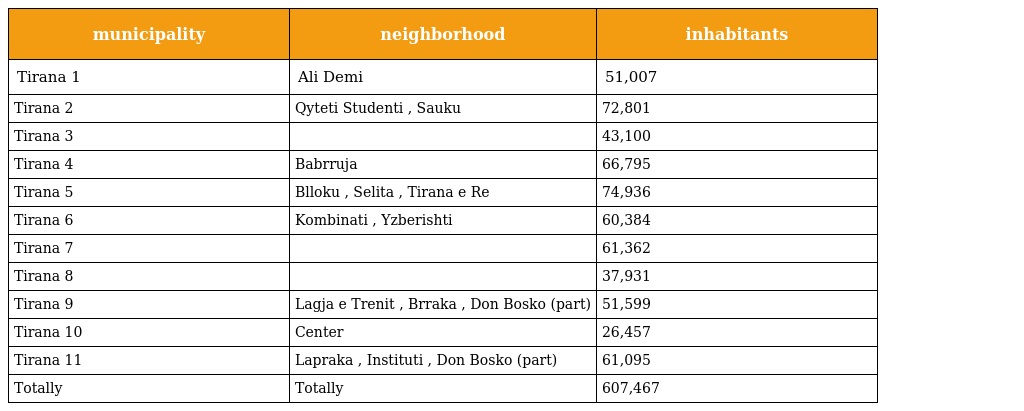
| municipality | neighborhood | inhabitants |
 | --- | --- | --- |
 | Tirana 1 | Ali Demi | 51,007 |
 | Tirana 2 | Qyteti Studenti , Sauku | 72,801 |
 | Tirana 3 |  | 43,100 |
 | Tirana 4 | Babrruja | 66,795 |
 | Tirana 5 | Blloku , Selita , Tirana e Re | 74,936 |
 | Tirana 6 | Kombinati , Yzberishti | 60,384 |
 | Tirana 7 |  | 61,362 |
 | Tirana 8 |  | 37,931 |
 | Tirana 9 | Lagja e Trenit , Brraka , Don Bosko (part) | 51,599 |
 | Tirana 10 | Center | 26,457 |
 | Tirana 11 | Lapraka , Instituti , Don Bosko (part) | 61,095 |
 | Totally | Totally | 607,467 |